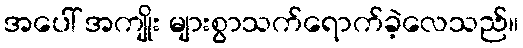
အပေါ် အကျိုး များစွာသက်ရောက်ခဲ့လေသည်။